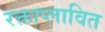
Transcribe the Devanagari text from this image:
रक्ताप्लावित